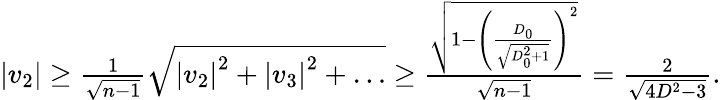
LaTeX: \begin{array}{r}{\left|v_{2}\right|\geq\frac{1}{\sqrt{n-1}}\sqrt{\left|v_{2}\right|^{2}+\left|v_{3}\right|^{2}+\ldots}\geq\frac{\sqrt{1-\left(\frac{D_{0}}{\sqrt{D_{0}^{2}+1}}\right)^{2}}}{\sqrt{n-1}}=\frac{2}{\sqrt{4D^{2}-3}}.}\end{array}